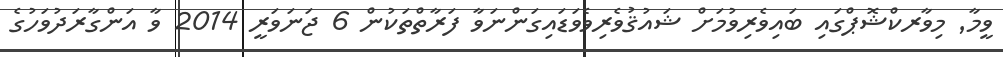
ވީމާ